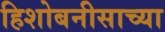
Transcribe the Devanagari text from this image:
हिशोबनीसाच्या